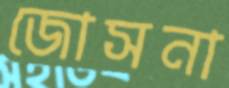
জোসনা